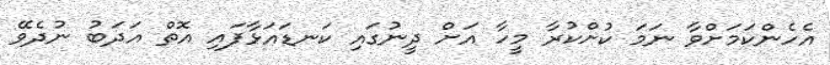
އެހެންކަމަށްވާ ނަމަ ކުށްކުރާ މީހާ އަށް ދީނުގައި ކަނޑައަޅާފައި އޮތް އަދަބު ނުދެވޭ